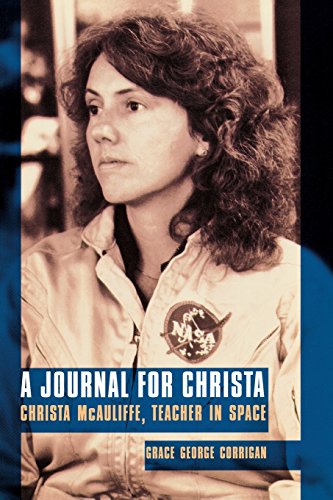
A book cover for A Journal for Christa: Christa McAuliffe, Teacher in Space; Grace George Corrigan; Biographies & Memoirs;